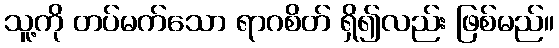
သူ့ကို တပ်မက်သော ရာဂစိတ် ရှိ၍လည်း ဖြစ်မည်။